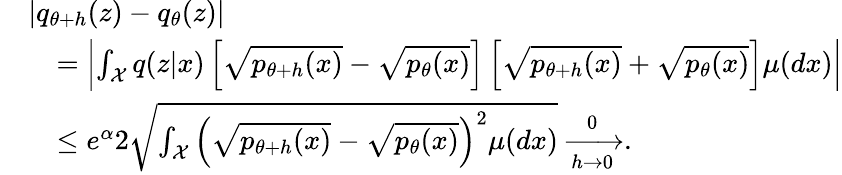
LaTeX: \begin{array}{rl}&{|q_{\theta+h}(z)-q_{\theta}(z)|}\\ &{\quad=\left|\int_{\mathcal X}q(z|x)\left[\sqrt{p_{\theta+h}(x)}-\sqrt{p_{\theta}(x)}\right]\left[\sqrt{p_{\theta+h}(x)}+\sqrt{p_{\theta}(x)}\right]\mu(dx)\right|}\\ &{\quad\le e^{\alpha}2\sqrt{\int_{\mathcal X}\left(\sqrt{p_{\theta+h}(x)}-\sqrt{p_{\theta}(x)}\right)^{2}\mu(dx)}\xrightarrow[h\to 0]0.}\end{array}